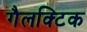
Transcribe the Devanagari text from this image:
गैलक्टिक